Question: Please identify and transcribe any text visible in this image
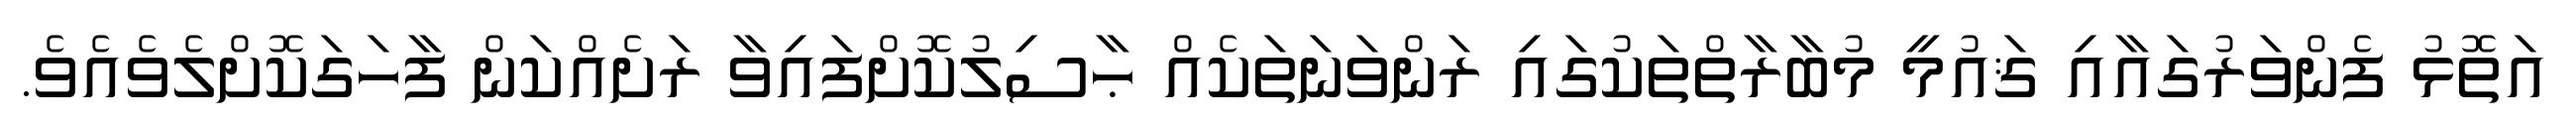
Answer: އަތޮޅު ފެންވަރުގައާއި ޤައުމީ މުބާރާތްތަކުގައި ރަންވަނަތަކެއް ޙާސިލުކޮށްފައިވާ ރަށެއްކަން ފާހަގަކޮށްލެވެއެވެ.